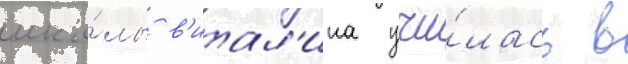
шко́лы в'итал'ина учи́лась в